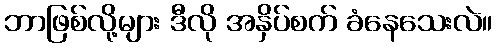
ဘာဖြစ်လို့များ ဒီလို အနှိပ်စက် ခံနေသေးလဲ။